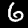
Label: 6